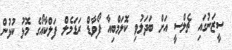
ސީޒަނުގައި ޗެލްސީ އަށް ބަދަލުވި ކޮލަމްބިއާ ފޯވާޑް ރަޑަމެލް ފަލްކާއޯގެ މޮޅު ކުޅުން